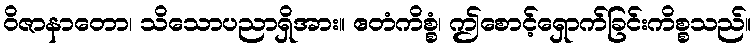
ဝိဇာနာတော၊ သိသောပညာရှိအား။ ဧတံကိစ္စံ၊ ဤစောင့်ရှောက်ခြင်းကိစ္စသည်။